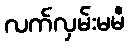
လက်လှမ်းမမီ